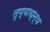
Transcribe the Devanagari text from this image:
तृण्याध्न्य